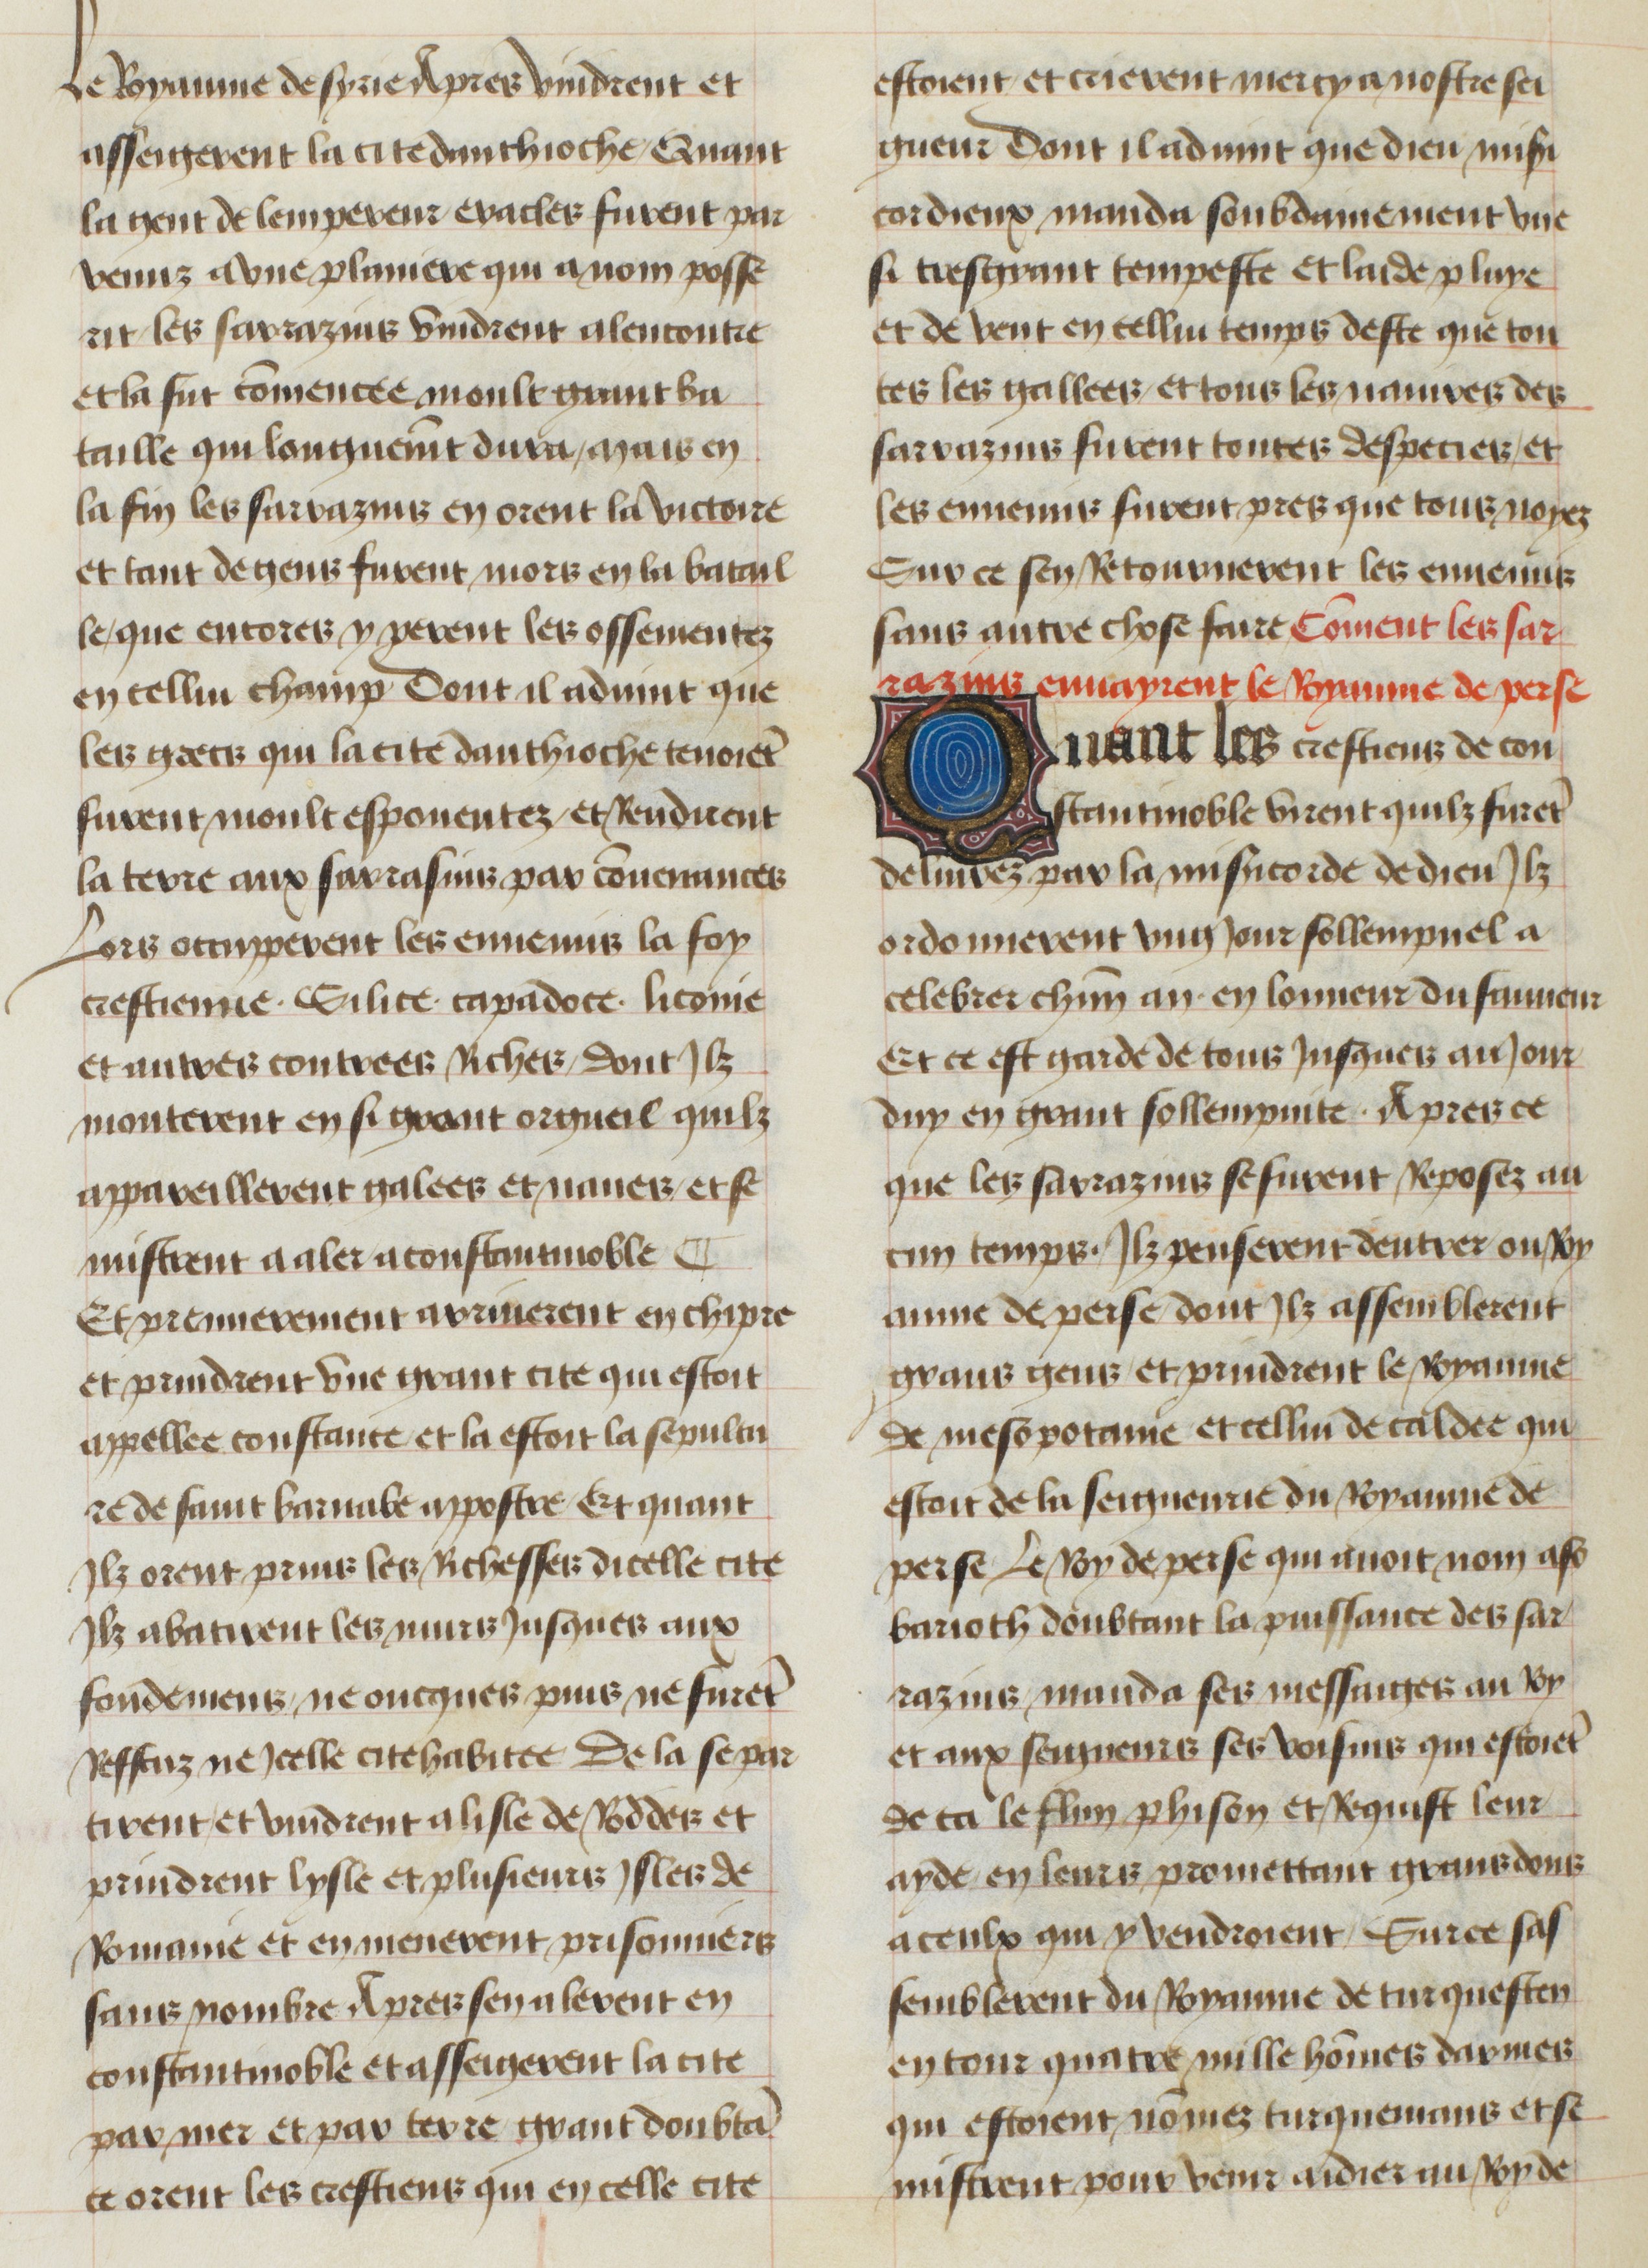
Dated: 1400–1449